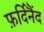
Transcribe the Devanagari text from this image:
फ़र्दिनैंद